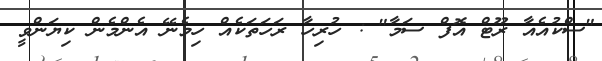
"ސްކުއެއާ ރޫޓް އޮފް ސަމާ" : ހުރިހާ ރަހަތަކެއް ހިމެނޭ އެންމެން ކިޔަންވީ